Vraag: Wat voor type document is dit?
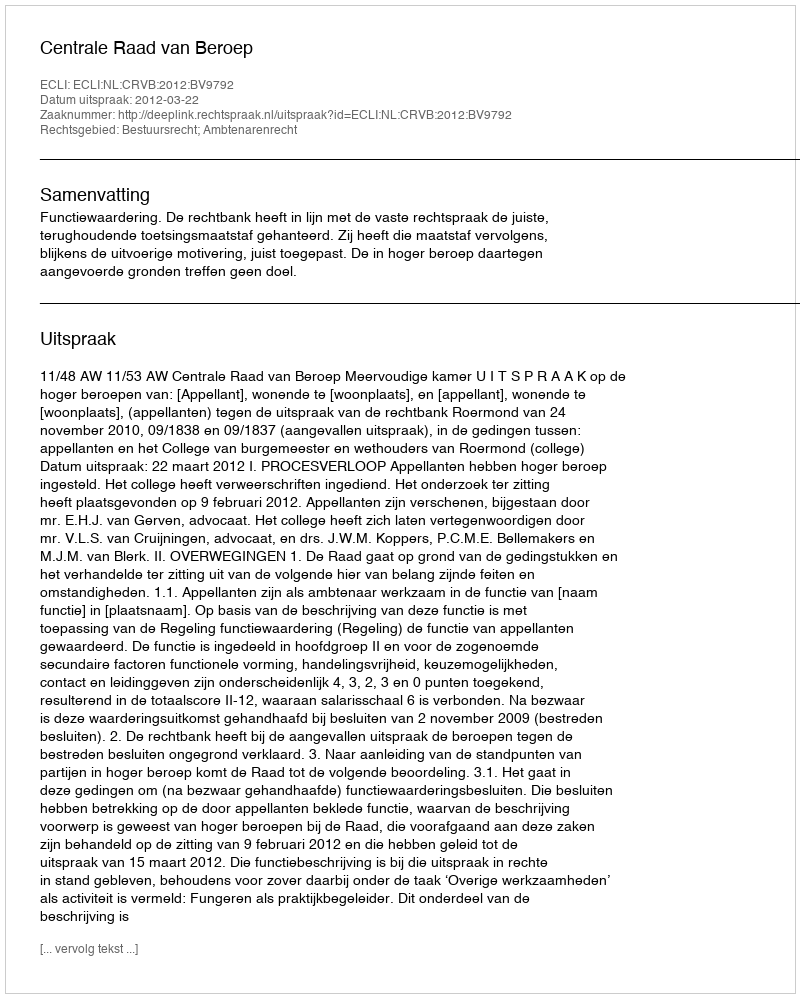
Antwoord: Uitspraak